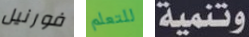
فورنيل للتعلم وتنمية